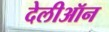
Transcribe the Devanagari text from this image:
देलीऑन